65_HS1-834228961_62-HQ-83894_Section_3
Agency: FBI
Page 24
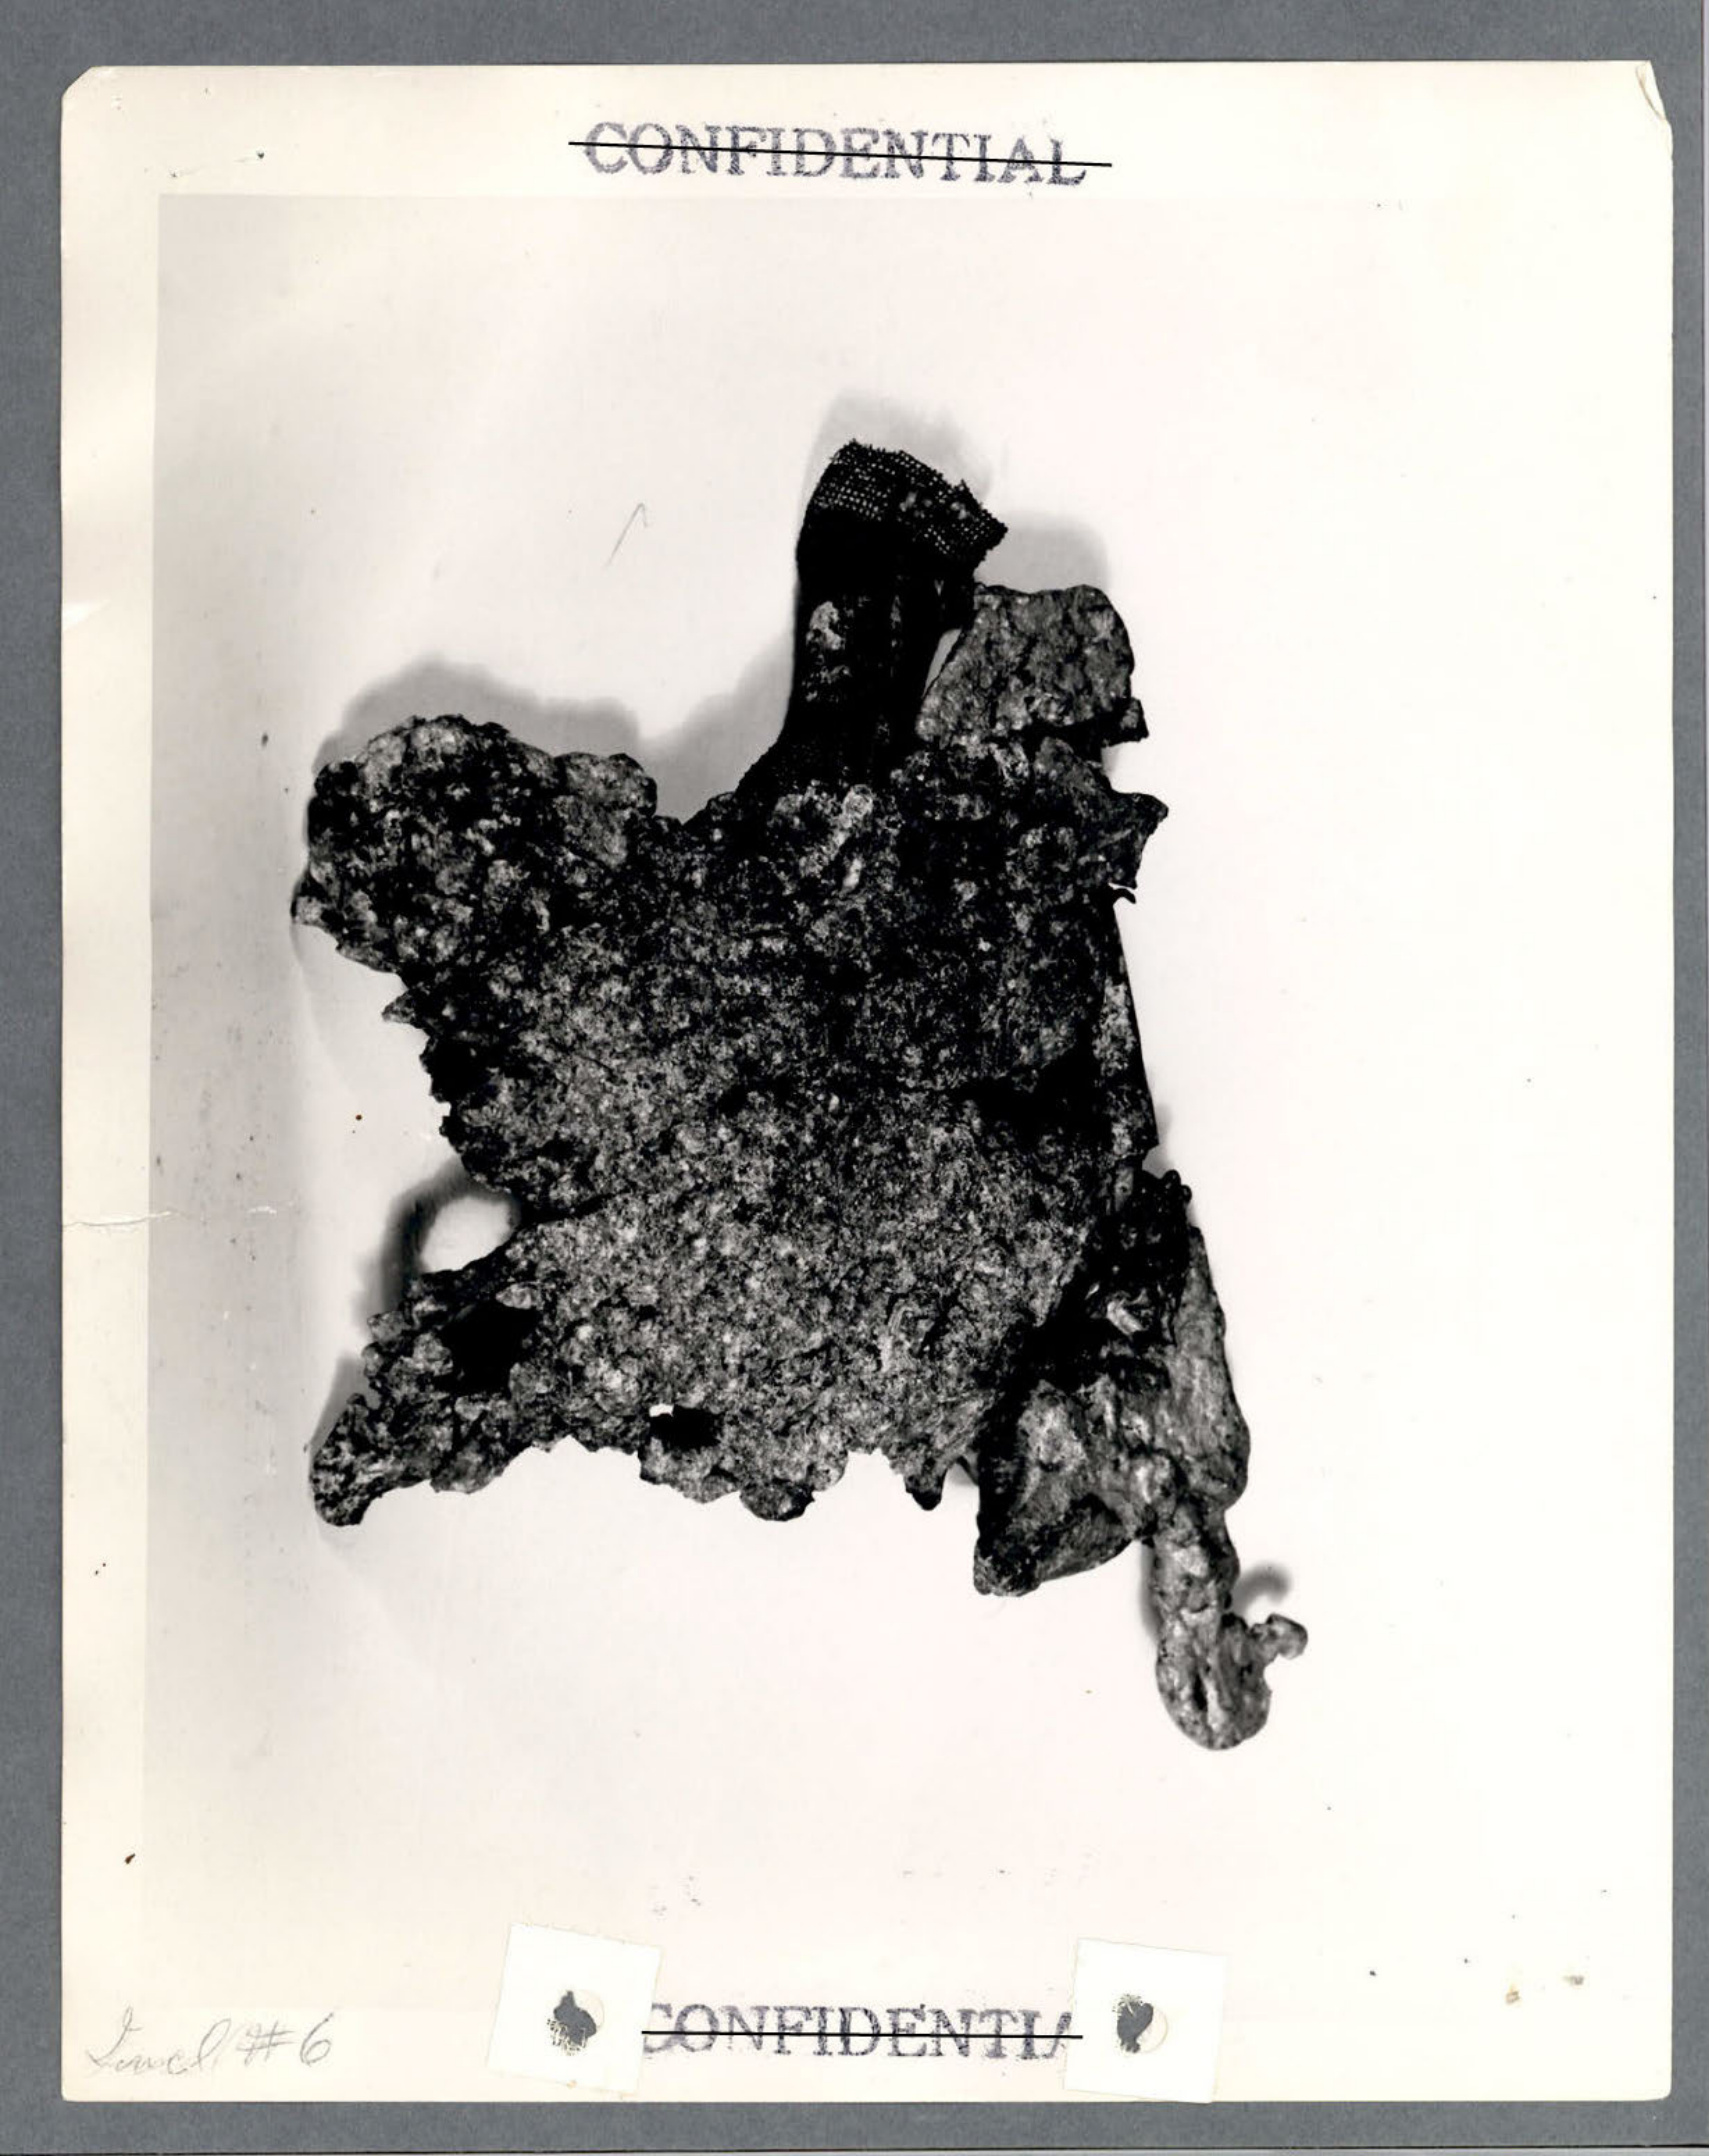